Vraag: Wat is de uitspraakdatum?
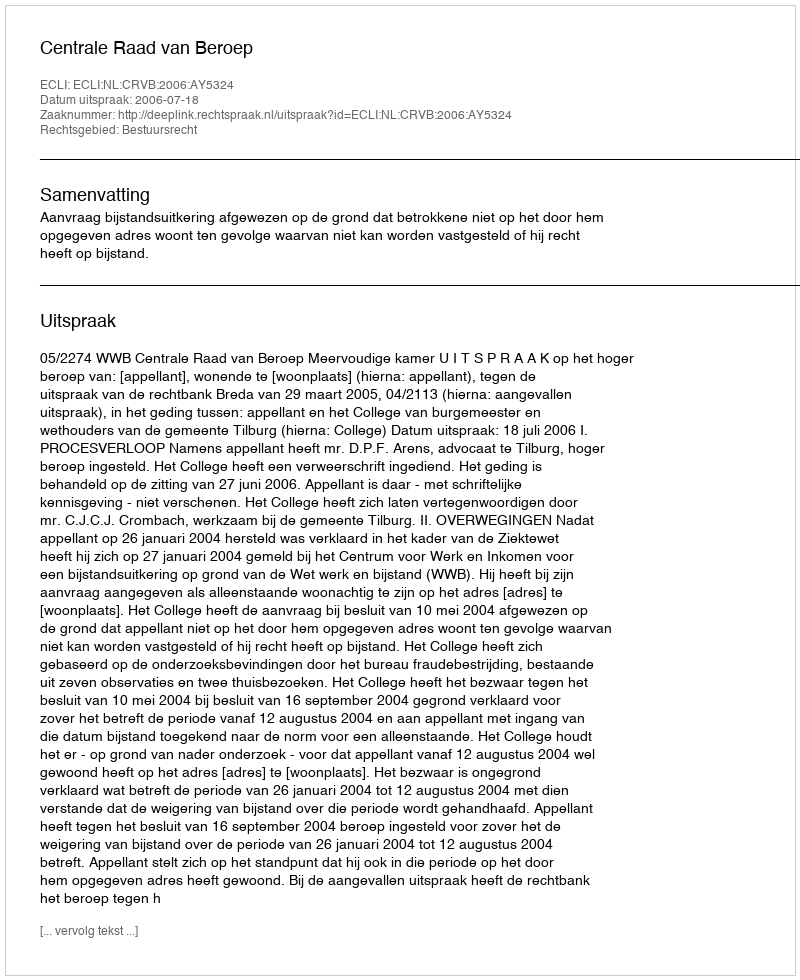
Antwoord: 2006-07-18